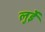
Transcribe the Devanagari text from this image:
लुईे